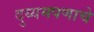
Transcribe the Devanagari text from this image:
दुय्यमपणाचे